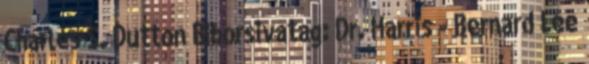
Charles S. Dutton Bíborsivatag: Dr. Harris - Bernard Lee